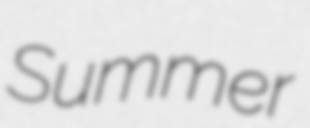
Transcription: Summer